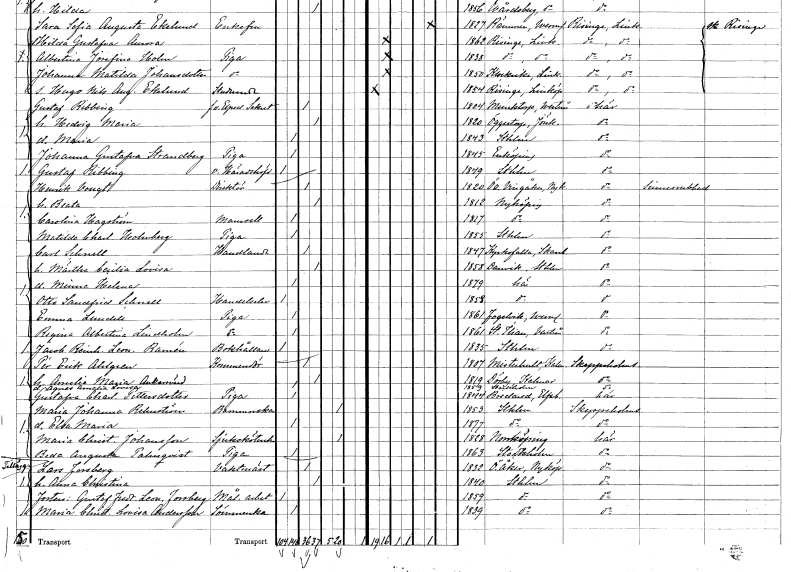
gt_parse: households: individuals: FN: Gustaf
EN: Ribbing
YRKE: Häradshövding vice
KON: M
CIV: O
FODAR: 1849
FODFORS: Stockholm
FN: Henrik
EN: Vougt
YRKE: Direktör
KON: M
CIV: G
FODAR: 1820
FODFORS: Östra Vingåker Södermanlands län
FN: Beata
KON: K
CIV: G
FODAR: 1812
FODFORS: Nyköping Södermanlands län
FN: Carolina
EN: Hagström
KON: K
CIV: O
FODAR: 1817
FODFORS: Nyköping Södermanlands län
FN: Matilda Charlotta
EN: Holmberg
YRKE: Piga
KON: K
CIV: O
FODAR: 1855
FODFORS: Stockholm
FN: Carl
EN: Schnell
YRKE: Handlande
KON: M
CIV: G
FODAR: 1847
FODFORS: Kyrkefalla Skaraborgs län
FN: Märtha Cecilia Lovisa
KON: K
CIV: G
FODAR: 1858
FODFORS: Sicklaö Stockholms län
FN: Minna Helena
KON: K
CIV: O
FODAR: 1879
FODFORS: Klara Stockholms stad
FN: Otto Sandfrid
EN: Schnell
YRKE: Handelselev
KON: M
CIV: O
FODAR: 1858
FODFORS: Klara Stockholms stad
FN: Emma
EN: Lundell
YRKE: Piga
KON: K
CIV: O
FODAR: 1861
FODFORS: Fågelvik Värmlands län
FN: Regina Albertina
EN: Lindholm
YRKE: Piga
KON: K
CIV: O
FODAR: 1861
FODFORS: Sankt Ilian Västmanlands län
FN: Jacob Reinhold Leonard
EN: Ramén
YRKE: Bokhållare
KON: M
CIV: O
FODAR: 1835
FODFORS: Stockholm
FN: Per Erik
EN: Ahlgren
YRKE: Kommendör
KON: M
CIV: G
FODAR: 1807
FODFORS: Misterhult Kalmar län
FN: Amelie Maria
EN: Ankarsvärd
KON: K
CIV: G
FODAR: 1819
FODFORS: Dörby Kalmar län
FN: Agnes Amalia Lovisa
KON: K
CIV: O
FODAR: 1859
FODFORS: Stockholm
FN: Gustafva Charlotta
EN: Pettersdotter
YRKE: Piga
KON: K
CIV: O
FODAR: 1844
FODFORS: Bredared Älvsborgs län
FN: Maria Johanna
EN: Rehnström
YRKE: Barnmorska
KON: K
CIV: E
FODAR: 1853
FODFORS: Stockholm
FN: Elsa Maria
KON: K
CIV: O
FODAR: 1877
FODFORS: Stockholm
FN: Maria Christina
EN: Johansson
YRKE: Sjuksköterska
KON: K
CIV: E
FODAR: 1828
FODFORS: Norrköping Östergötlands län
FN: Beda Augusta
EN: Palmqvist
YRKE: Piga
KON: K
CIV: O
FODAR: 1863
FODFORS: Stockholm
FN: Lars
EN: Forsberg
YRKE: Vaktmästare
KON: M
CIV: G
FODAR: 1832
FODFORS: Österåker Södermanlands län
FN: Anna Christina
KON: K
CIV: G
FODAR: 1840
FODFORS: Stockholm
FN: Gustaf Fredrik Leonard
EN: Forsberg
YRKE: Måleriarbetare
KON: M
CIV: O
FODAR: 1859
FODFORS: Stockholm
FN: Maria Christina Lovisa
EN: Andersson
YRKE: Sömmerska
KON: K
CIV: O
FODAR: 1839
FODFORS: Stockholm